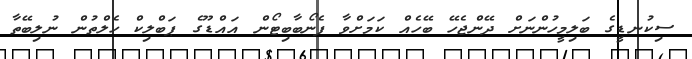
ސިކުނޑީގެ ބަލިމީހުންނަށް ދޭންޖެހޭ ބޭހެއް ކަމަށްވާ ފެނޯބާބިޓޯން އައްޑޫގެ ޕަބްލިކް ހެލްތުން ނުލިބޭތާ